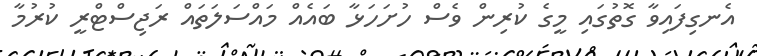
އެނގިފައިވާ ގޮތުގައި މީގެ ކުރިން ވެސް ހުށަހަޅާ ބައެއް މައްސަލަތައް ރަޖިސްޓްރީ ކުރުމާ